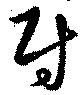
尉